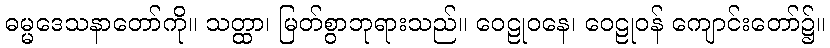
ဓမ္မဒေသနာတော်ကို။ သတ္ထာ၊ မြတ်စွာဘုရားသည်။ ဝေဠုဝနေ၊ ဝေဠုဝန် ကျောင်းတော်၌။